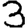
Digit: 3